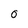
Character: O